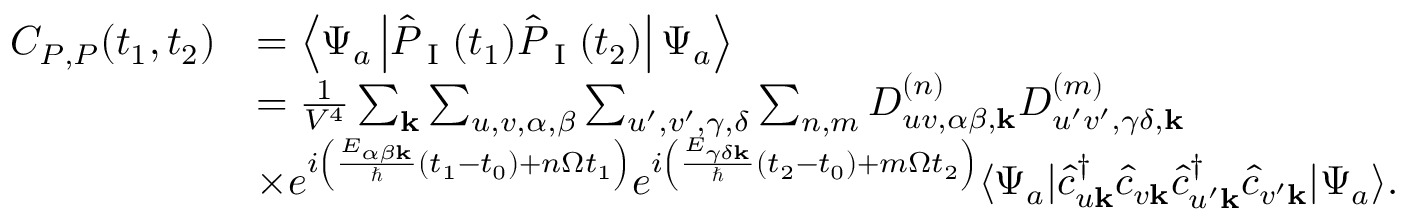
\begin{array} { r l } { C _ { P , P } ( t _ { 1 } , t _ { 2 } ) } & { = \left\langle \Psi _ { a } \left| \hat { P } _ { \textrm { I } } ( t _ { 1 } ) \hat { P } _ { \textrm { I } } ( t _ { 2 } ) \right| \Psi _ { a } \right\rangle } \\ & { = \frac { 1 } { V ^ { 4 } } \sum _ { \mathbf { k } } \sum _ { u , v , \alpha , \beta } \sum _ { u ^ { \prime } , v ^ { \prime } , \gamma , \delta } \sum _ { n , m } D _ { u v , \alpha \beta , \mathbf { k } } ^ { ( n ) } D _ { u ^ { \prime } v ^ { \prime } , \gamma \delta , \mathbf { k } } ^ { ( m ) } } \\ & { \times e ^ { i \left( \frac { E _ { \alpha \beta \mathbf { k } } } { \hbar } ( t _ { 1 } - t _ { 0 } ) + n \Omega t _ { 1 } \right) } e ^ { i \left( \frac { E _ { \gamma \delta \mathbf { k } } } { \hbar } ( t _ { 2 } - t _ { 0 } ) + m \Omega t _ { 2 } \right) } \langle \Psi _ { a } | \hat { c } _ { u \mathbf { k } } ^ { \dagger } \hat { c } _ { v \mathbf { k } } \hat { c } _ { u ^ { \prime } \mathbf { k } } ^ { \dagger } \hat { c } _ { v ^ { \prime } \mathbf { k } } | \Psi _ { a } \rangle . } \end{array}